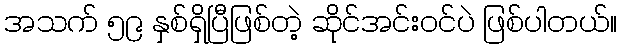
အသက် ၅၉ နှစ်ရှိပြီဖြစ်တဲ့ ဆိုင်အင်းဝင်ပဲ ဖြစ်ပါတယ်။